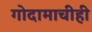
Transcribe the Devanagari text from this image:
गोदामाचीही